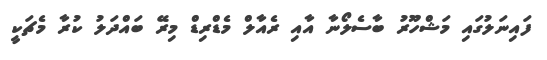
ފައިނަލުގައި މަޝްހޫރު ބާސެލޯނާ އާއި ރެއާލް މެޑްރިޑް މިރޭ ބައްދަލު ކުރާ މެޗަކީ